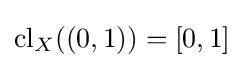
\operatorname {cl} _{X}((0,1))=[0,1]